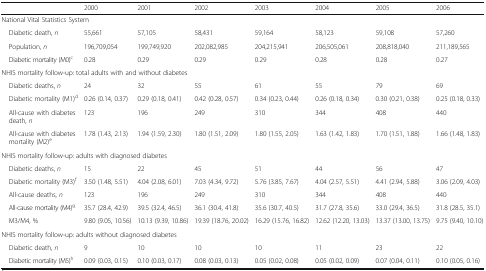
<table><thead><tr><td>[EMPTY_CELL]</td><td><b>2000</b></td><td><b>2001</b></td><td><b>2002</b></td><td><b>2003</b></td><td><b>2004</b></td><td><b>2005</b></td><td><b>2006</b></td></tr></thead><tbody><tr><td colspan="8">National Vital Statistics System</td></tr><tr><td> Diabetic death, <i>n</i></td><td>55,661</td><td>57,105</td><td>58,431</td><td>59,164</td><td>58,123</td><td>59,108</td><td>57,260</td></tr><tr><td> Population, <i>n</i></td><td>196,709,054</td><td>199,749,920</td><td>202,082,985</td><td>204,215,941</td><td>206,505,061</td><td>208,818,040</td><td>211,189,565</td></tr><tr><td> Diabetic mortality (M0)<sup>c</sup></td><td>0.28</td><td>0.29</td><td>0.29</td><td>0.29</td><td>0.28</td><td>0.28</td><td>0.27</td></tr><tr><td colspan="8">NHIS mortality follow-up: total adults with and without diabetes</td></tr><tr><td> Diabetic deaths, <i>n</i></td><td>24</td><td>32</td><td>55</td><td>61</td><td>55</td><td>79</td><td>69</td></tr><tr><td> Diabetic mortality (M1)<sup>d</sup></td><td>0.26 (0.14, 0.37)</td><td>0.29 (0.18, 0.41)</td><td>0.42 (0.28, 0.57)</td><td>0.34 (0.23, 0.44)</td><td>0.26 (0.18, 0.34)</td><td>0.30 (0.21, 0.38)</td><td>0.25 (0.18, 0.33)</td></tr><tr><td> All-cause with diabetes death, <i>n</i></td><td>123</td><td>196</td><td>249</td><td>310</td><td>344</td><td>408</td><td>440</td></tr><tr><td> All-cause with diabetes mortality (M2)<sup>e</sup></td><td>1.78 (1.43, 2.13)</td><td>1.94 (1.59, 2.30)</td><td>1.80 (1.51, 2.09)</td><td>1.80 (1.55, 2.05)</td><td>1.63 (1.42, 1.83)</td><td>1.70 (1.51, 1.88)</td><td>1.66 (1.48, 1.83)</td></tr><tr><td colspan="8">NHIS mortality follow-up: adults with diagnosed diabetes</td></tr><tr><td> Diabetic deaths, <i>n</i></td><td>15</td><td>22</td><td>45</td><td>51</td><td>44</td><td>56</td><td>47</td></tr><tr><td> Diabetic mortality (M3)<sup>f</sup></td><td>3.50 (1.48, 5.51)</td><td>4.04 (2.08, 6.01)</td><td>7.03 (4.34, 9.72)</td><td>5.76 (3.85, 7.67)</td><td>4.04 (2.57, 5.51)</td><td>4.41 (2.94, 5.88)</td><td>3.06 (2.09, 4.03)</td></tr><tr><td> All-cause deaths, <i>n</i></td><td>123</td><td>196</td><td>249</td><td>310</td><td>344</td><td>408</td><td>440</td></tr><tr><td> All-cause mortality (M4)<sup>g</sup></td><td>35.7 (28.4, 42.9)</td><td>39.5 (32.4, 46.5)</td><td>36.1 (30.4, 41.8)</td><td>35.6 (30.7, 40.5)</td><td>31.7 (27.8, 35.6)</td><td>33.0 (29.4, 36.5)</td><td>31.8 (28.5, 35.1)</td></tr><tr><td> M3/M4, %</td><td>9.80 (9.05, 10.56)</td><td>10.13 (9.39, 10.86)</td><td>19.39 (18.76, 20.02)</td><td>16.29 (15.76, 16.82)</td><td>12.62 (12.20, 13.03)</td><td>13.37 (13.00, 13.75)</td><td>9.75 (9.40, 10.10)</td></tr><tr><td colspan="8">NHIS mortality follow-up: adults without diagnosed diabetes</td></tr><tr><td> Diabetic death, <i>n</i></td><td>9</td><td>10</td><td>10</td><td>10</td><td>11</td><td>23</td><td>22</td></tr><tr><td> Diabetic mortality (M5)<sup>h</sup></td><td>0.09 (0.03, 0.15)</td><td>0.10 (0.03, 0.17)</td><td>0.08 (0.03, 0.13)</td><td>0.05 (0.02, 0.08)</td><td>0.05 (0.02, 0.09)</td><td>0.07 (0.04, 0.11)</td><td>0.10 (0.05, 0.16)</td></tr></tbody></table>